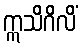
ဣသိဂိလိံ